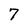
Character: 7